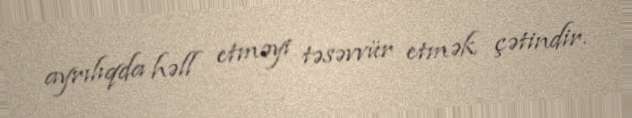
ayrılıqda həll etməyi təsəvvür etmək çətindir.